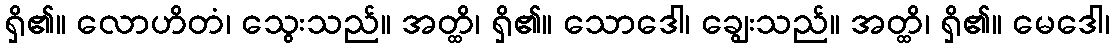
ရှိ၏။ လောဟိတံ၊ သွေးသည်။ အတ္ထိ၊ ရှိ၏။ သောဒေါ၊ ချွေးသည်။ အတ္ထိ၊ ရှိ၏။ မေဒေါ၊